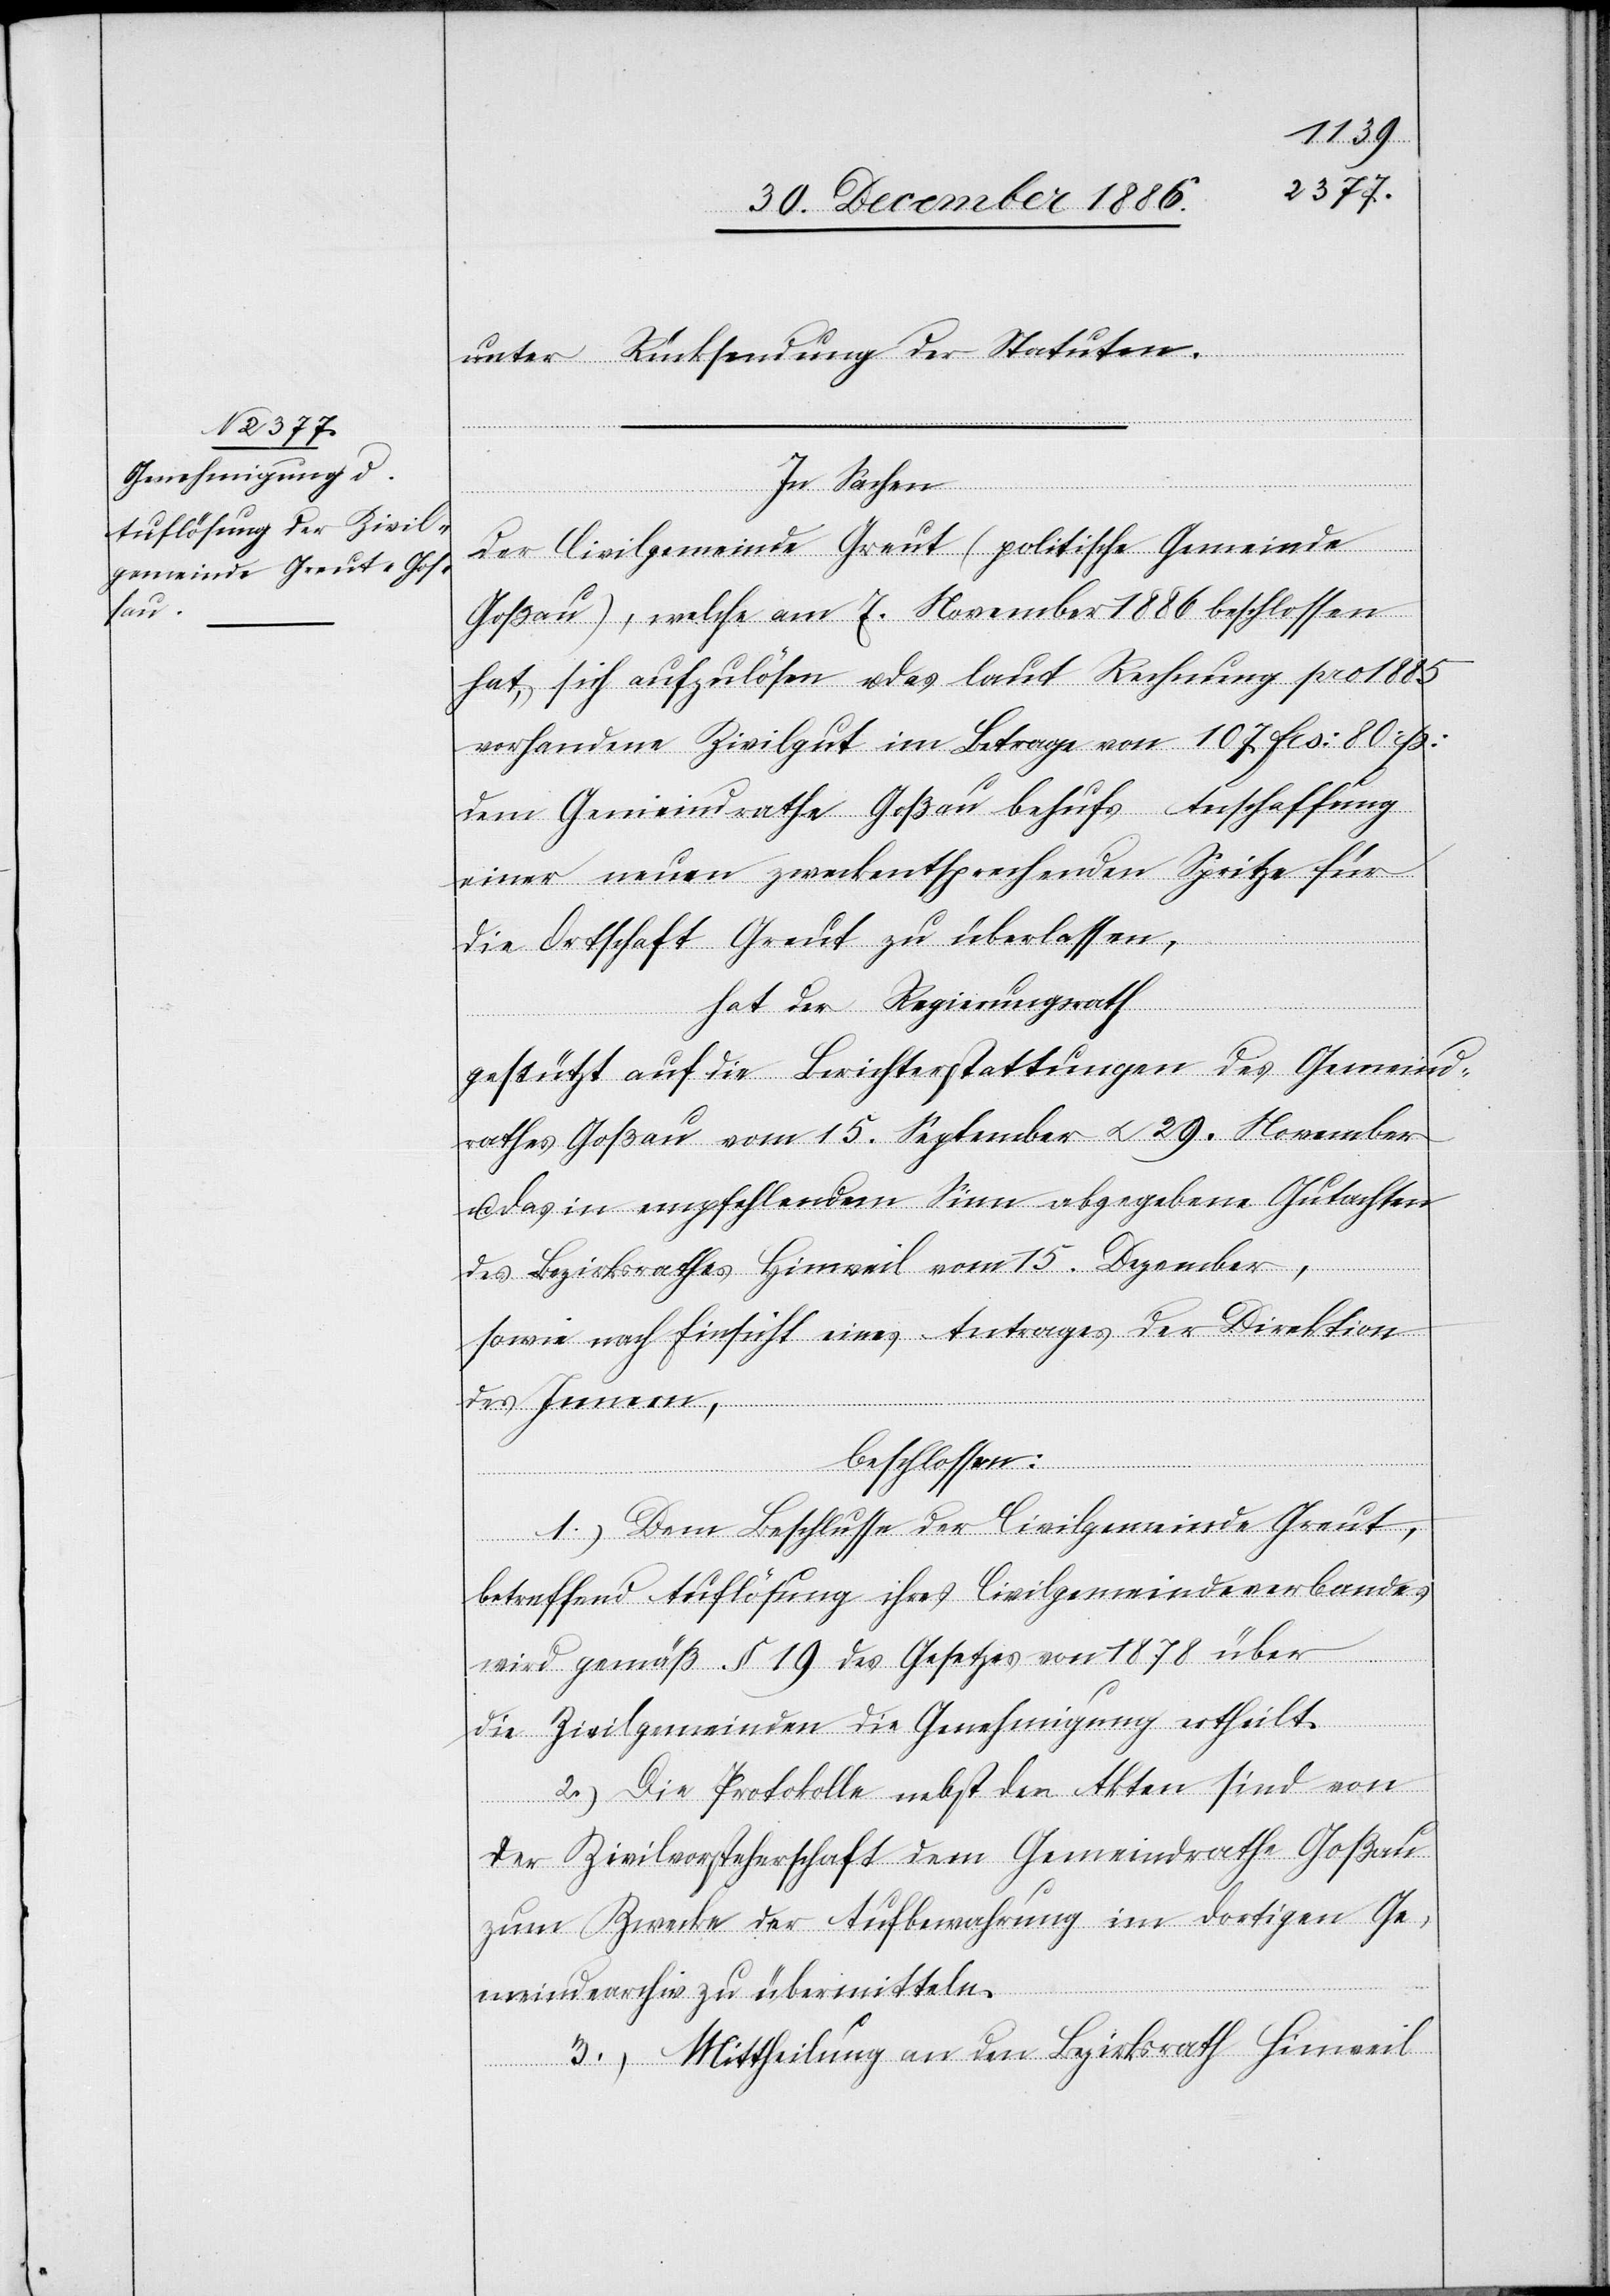
unter Rücksendung der Statuten.
In Sachen
der Civilgemeinde Greut (politische Gemeinde
Goßau), welche am 7. November 1886 beschlossen
hat, sich aufzulösen u. das laut Rechnung pro 1885
vorhandene Zivilgut im Betrage von 107 Frs: 80 rp:
dem Gemeindrathe Goßau behufs Anschaffung
einer neuen zweckentsprechenden Spritze für
die Ortschaft Greut zu überlassen,
hat der Regierungsrath
gestützt auf die Berichterstattungen des Gemeind¬
rathes Goßau vom 15. September & 29. November
u. das in empfehlendem Sinn abgegebene Gutachten
des Bezirksrathes Hinweil vom 15. Dezember,
sowie nach Einsicht eines Antrages der Direktion
des Innern,
beschlossen:
1.) Dem Beschlusse der Civilgemeinde Greut,
betreffend Auflösung ihres Civilgemeindeverbandes
wird gemäß § 19 des Gesetzes von 1878 über
die Zivilgemeinden die Genehmigung ertheilt.
2.) Die Protokolle nebst den Akten sind von
der Zivilvorsteherschaft dem Gemeindrathe Goßau
zum Zwecke der Aufbewahrung im dortigen Ge¬
meindearchiv zu übermitteln.
3.) Mittheilung an den Bezirksrath Hinweil